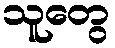
သူတွေ